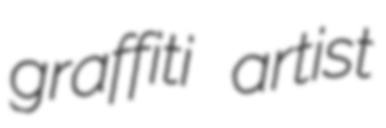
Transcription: graffiti artist